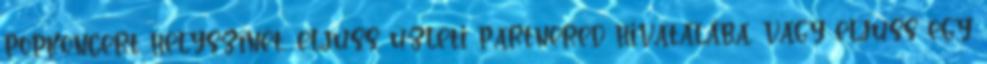
popkoncert helyszínét, eljuss üzleti partnered hivatalába, vagy eljuss egy